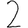
Digit: 2